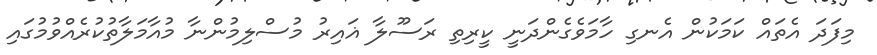
މިފަދަ އެތައް ކަމަކުން އެނގި ހާމަވެގެންދަނީ ކީރިތި ރަސޫލާ ޣައިރު މުސްލިމުންނާ މުއާމަލާތުކުރެއްވުމުގައި